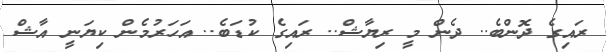
ރައިގެ ދޮންބެ.. ދެން މީ ރިޔާޝް.. ރައިގެ ކުޑަބެ.. އަހަރުމެން ކިޔަނީ އާޝް